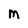
Character: M